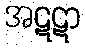
အဋဋာ